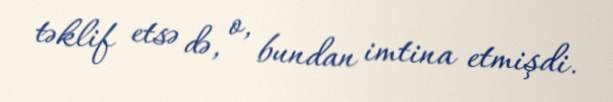
təklif etsə də, o, bundan imtina etmişdi.